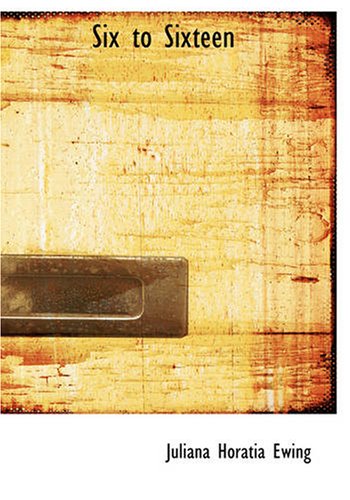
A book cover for Six to Sixteen: A Story for Girls; Juliana Horatia Ewing; Crafts, Hobbies & Home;